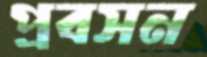
প্রবসন